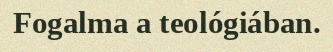
Fogalma a teológiában.